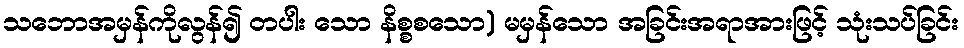
သဘောအမှန်ကိုလွန်၍ တပါး သော နိစ္စစသော) မမှန်သော အခြင်းအရာအားဖြင့် သုံးသပ်ခြင်း